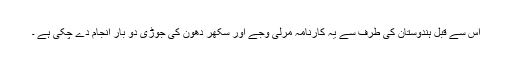
اس سے قبل ہندوستان کی طرف سے یہ کارنامہ مرلی وجے اور سکھر دھون کی جوڑی دو بار انجام دے چکی ہے ۔